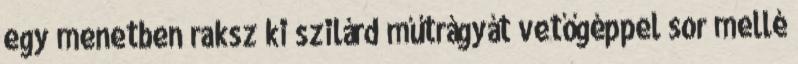
egy menetben raksz ki szilárd műtrágyát vetőgéppel sor mellé